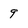
Character: 9